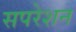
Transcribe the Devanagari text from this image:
सपरेशन